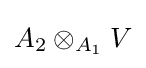
A_{2}\otimes _{A_{1}}V